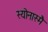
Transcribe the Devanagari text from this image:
स्योनास्मै